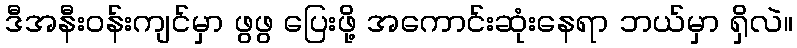
ဒီအနီးဝန်းကျင်မှာ ဖွဖွ ပြေးဖို့ အကောင်းဆုံးနေရာ ဘယ်မှာ ရှိလဲ။